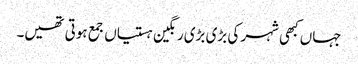
جہاں کبھی شہر کی بڑی بڑی رنگین ہستیاں جمع ہوتی تھیں۔